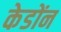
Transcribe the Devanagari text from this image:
केडोंन